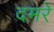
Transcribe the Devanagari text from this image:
दमरे